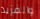
والمزيد